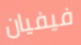
فيفيان